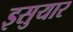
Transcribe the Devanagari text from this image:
इसुयार